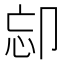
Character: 𠨛